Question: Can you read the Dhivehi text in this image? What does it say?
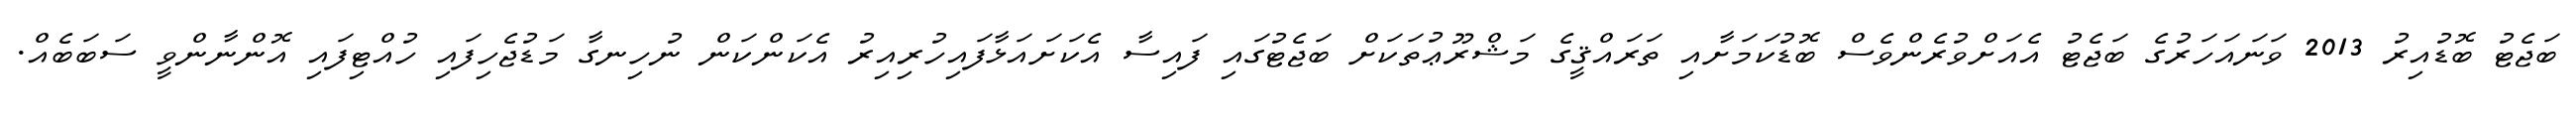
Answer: ބަޖެޓު ބޮޑުއިރު 2013 ވަނައަހަރުގެ ބަޖެޓު އެއަށްވުރެންވެސް ބޮޑުކަމަށާއި ތަރައްޤީގެ މަޝްރޫޢުތަކަށް ބަޖެޓުގައި ފައިސާ އެކަށައަޅާފައިހުރިއިރު އެކަންކަން ނުހިނގާ މަޑުޖެހިފައި ހުއްޓިފައި އޮންނާންވީ ސަބަބެއް.